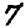
Digit: 7